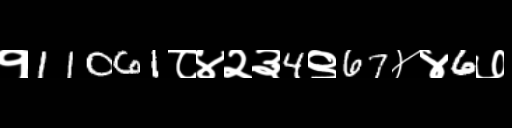
Text: १11061८४२३4९67४४6७